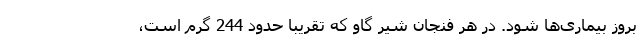
بروز بیماری‌ها شود. در هر فنجان شیر گاو که تقریبا حدود 244 گرم است،